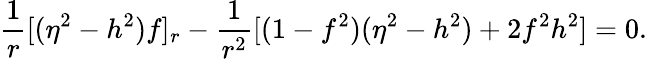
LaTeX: \frac{1}{r}[(\eta^{2}-h^{2})f]_{r}-\frac{1}{r^{2}}[(1-f^{2})(\eta^{2}-h^{2})+2f^{2}h^{2}]=0.